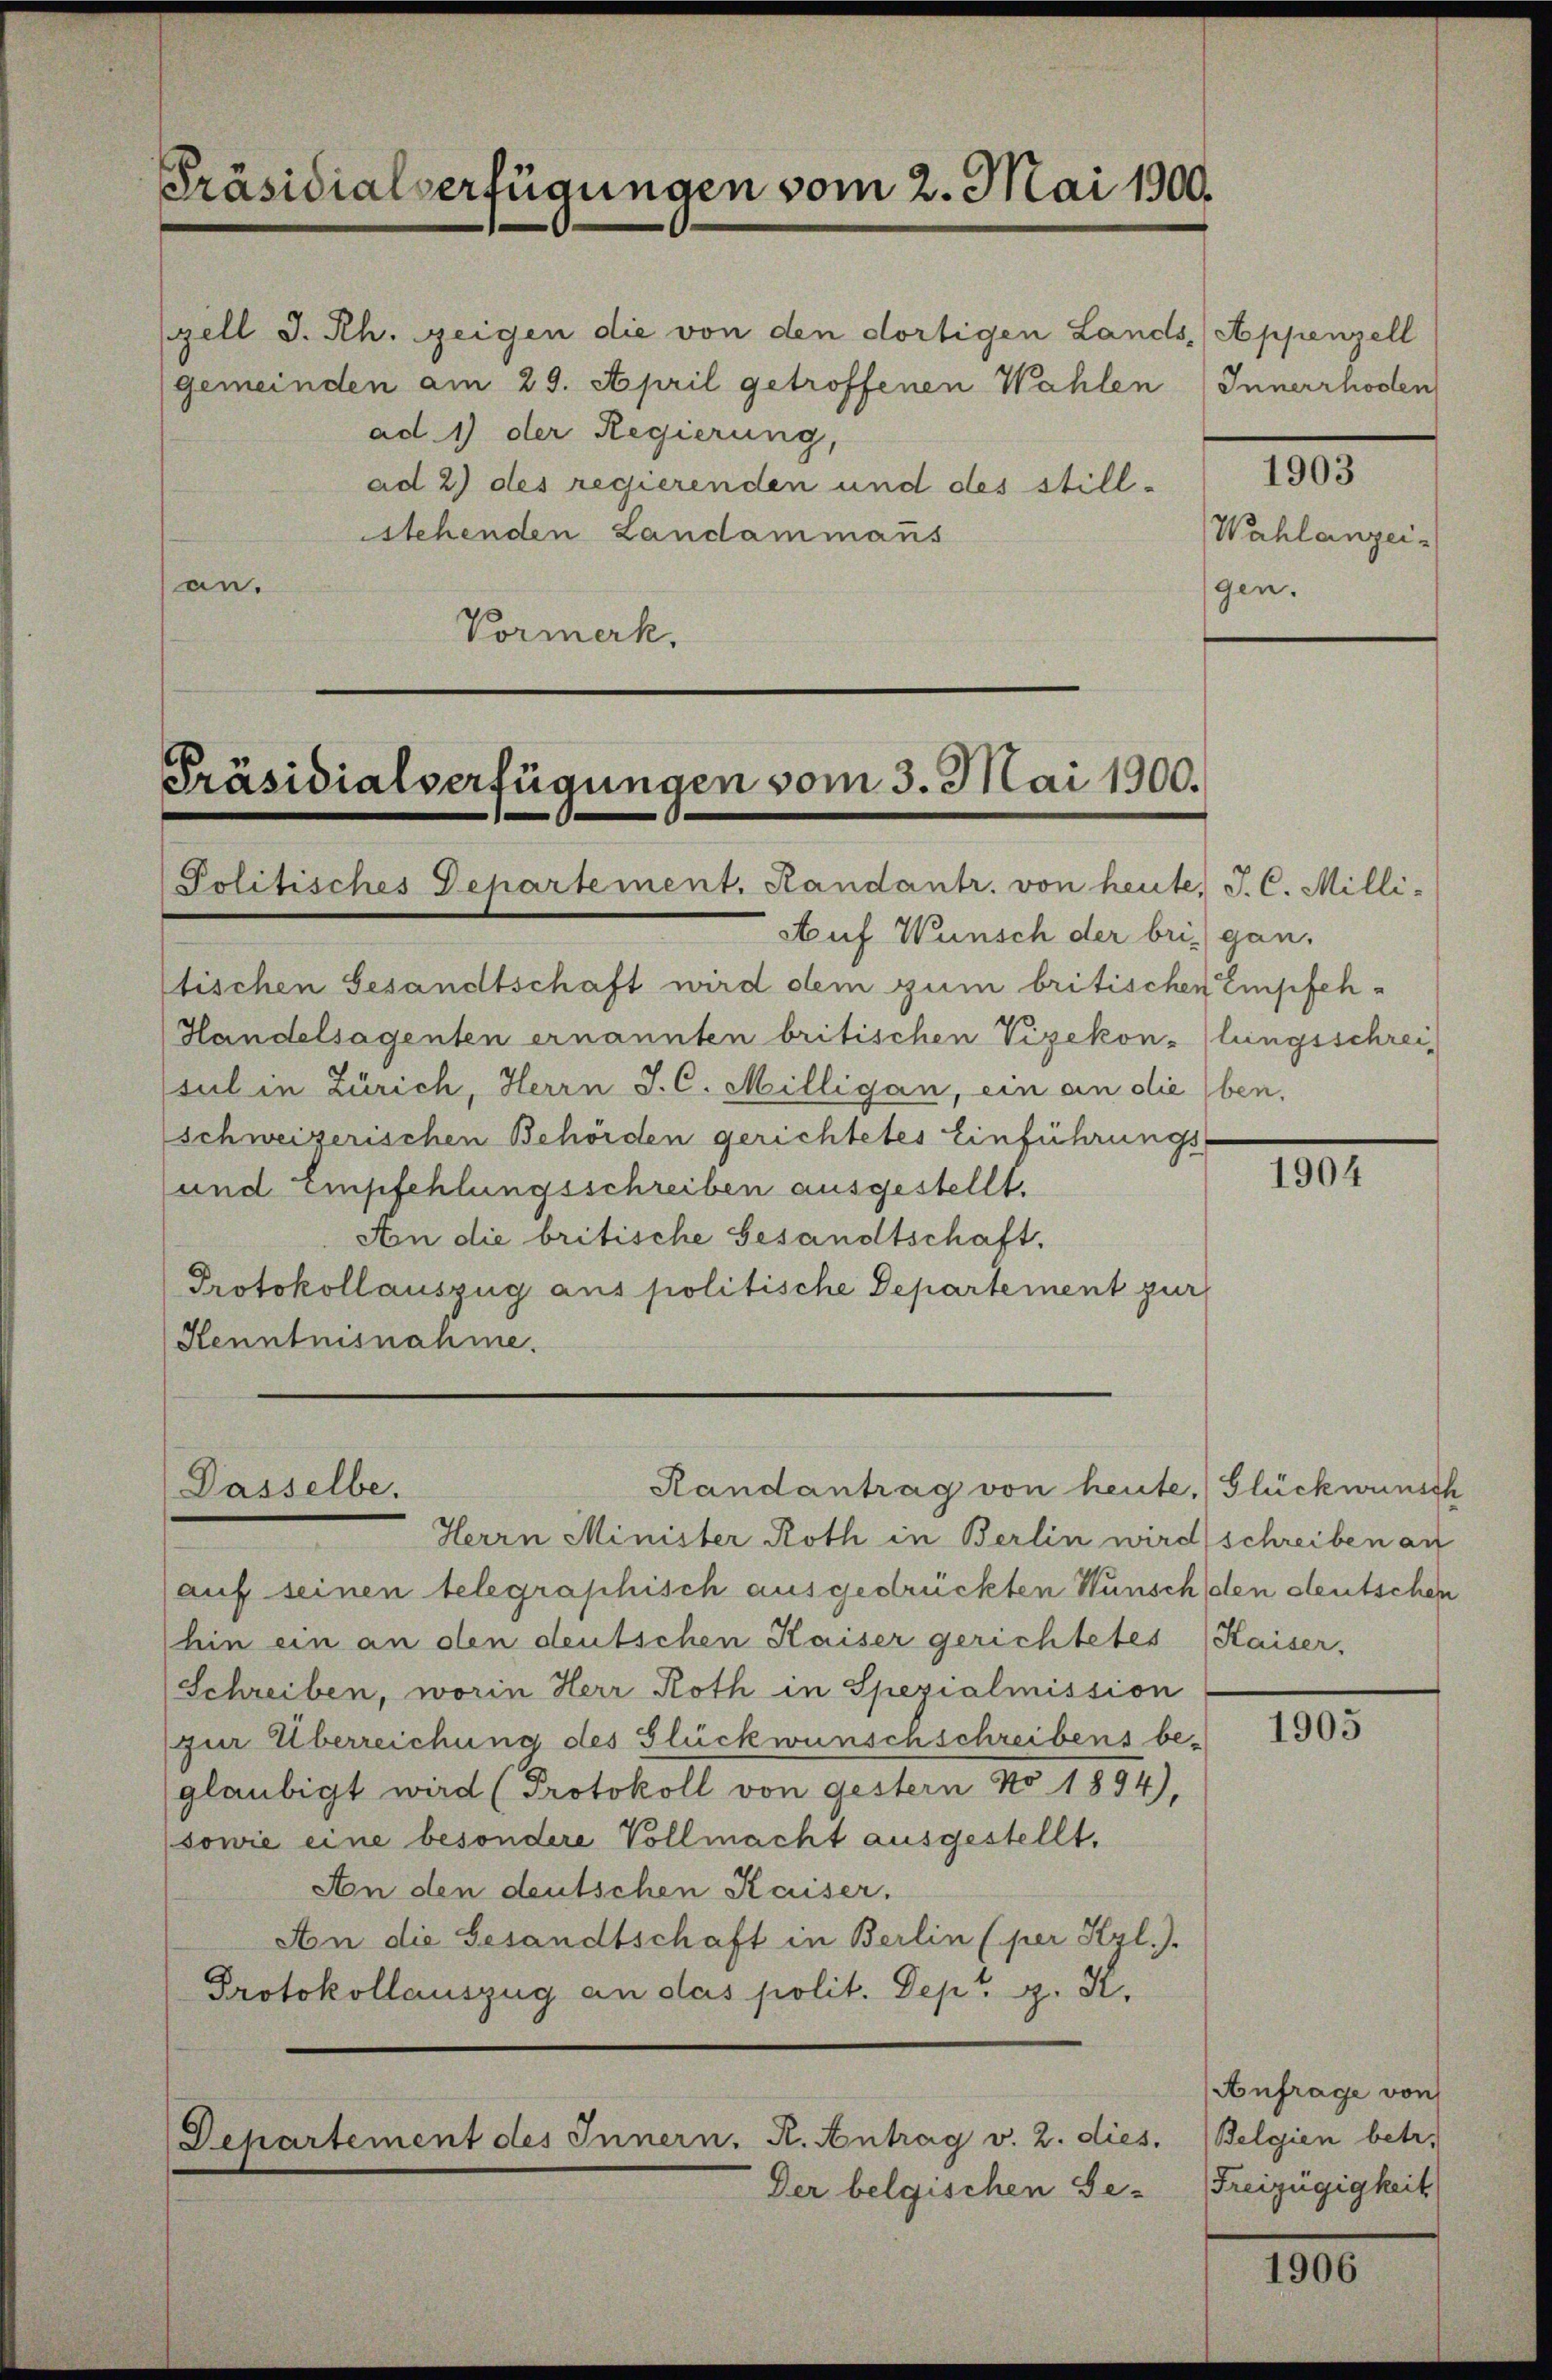
Präsidialverfügungen vom 2. Mai 1900.

zell I.Rh. zeigen die von den dortigen Lands, Appenzell
(gemeinden am 29. April getroffenen Wahlen
ad1) der Regierung,
ad 2) des regierenden und des stillstehenden Landammans
an.
Vormerk.

Präsidialverfügungen vom 3. Mai 1900.
Politisches Departement. Randantr. von heute, J. C. Milli-

Auf Wunsch der bri) gan,
tischen Gesandtschaft wird dem zum britischen Empfeh¬
Handelsagenten ernannten britischen Vizekon-lungsschreisul in Zürich, Herrn J. C. Milligan, ein an die (ben,
schweizerischen Behörden gerichtetes Einführungs-
und Empfehlungsschreiben ausgestellt.
An die britische Gesandtschaft.
Protokollauszug aus politische Departement zur
Kenntnisnahme.

Herrn Minister Roth in Berlin wird schreiben an
(auf seinen telegraphisch ausgedrückten Wunsch den deutschen
hin ein an den deutschen Kaiser gerichtetes Kaiser,
Schreiben, worin Herr Roth in Spezialmission
zur Überreichung des Glückwunschschreibens be-
glaubigt wird (Protokoll von gestern No 1894),
sowie eine besondere Vollmacht ausgestellt,
An den deutschen Kaiser.
An die Gesandtschaft in Berlin (per Kzl.).
Protokollauszug an das polit. Depr. G. K.

Randantrag von heute. Glückwunsch
Dasselbe.

Departement des Innern. K. Antrag v. 2. dies.

Der belgischen Ge-

Innerrhoden
1903
Wahlanzeigen.

1904

1905

Anfrage von
Belgien betr.
Freizügigkeit

1906